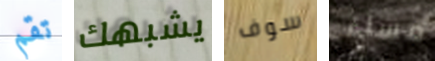
تقم يشبهك سوف مساء